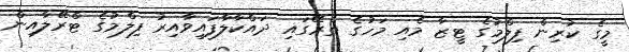
މީގެ ކުރިން ފިލްމުގެ ޓީޒާ މެއި މަހުގެ ތެރޭގައި ދައްކާލާފައިވާއިރު ފިލްމުގެ ޓްރޭލާއިން